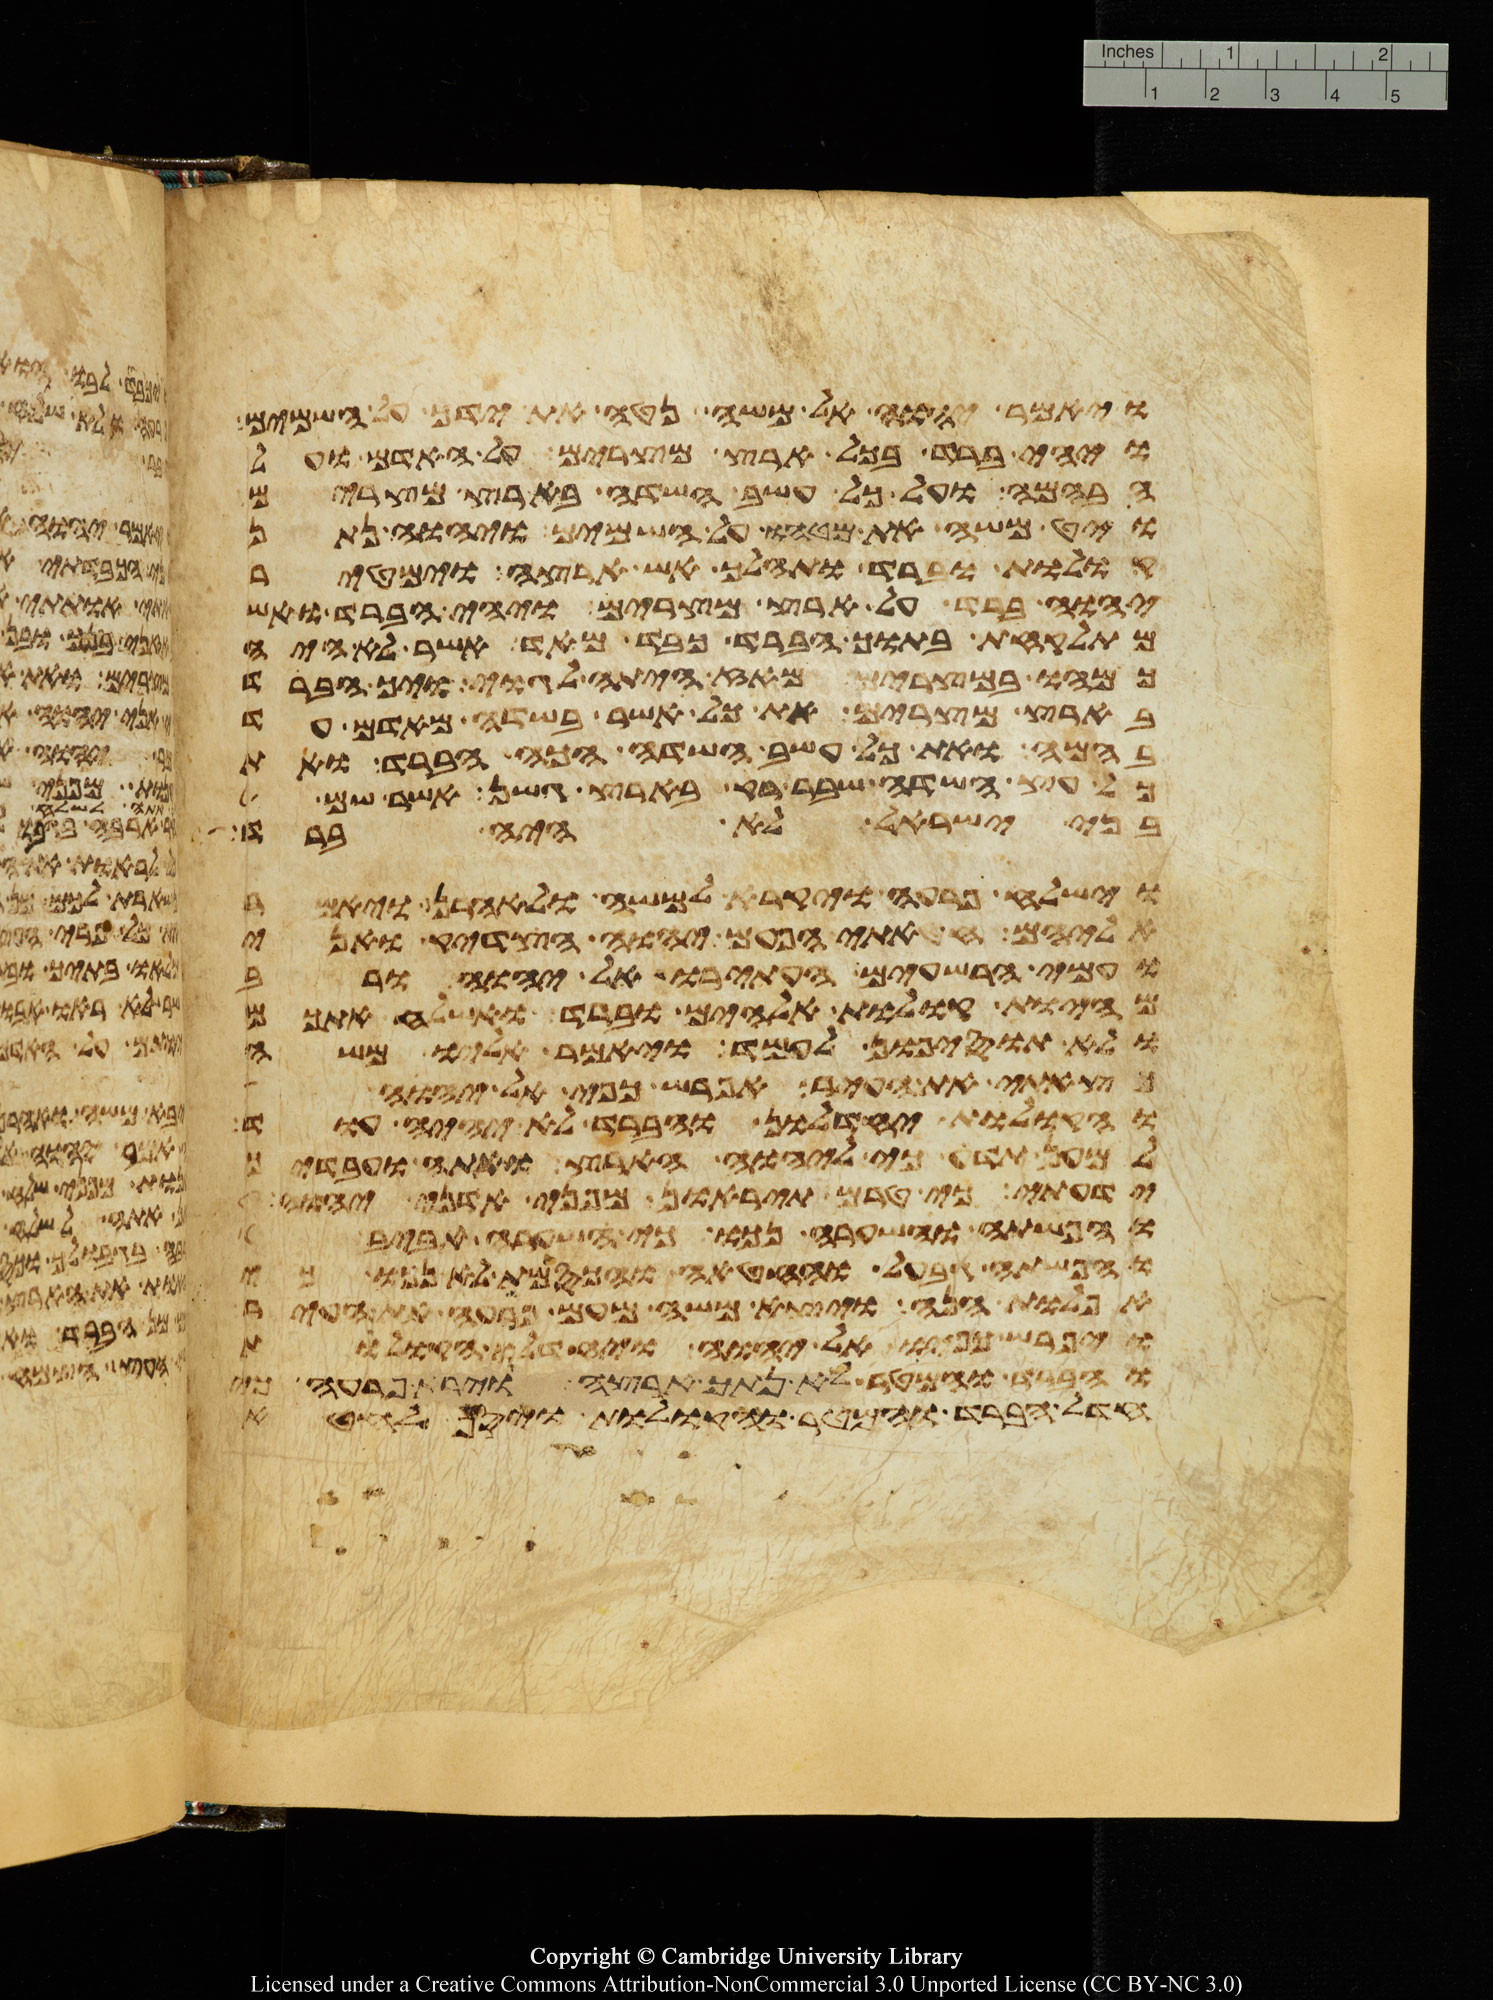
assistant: ויאמר יהוה אל משה נטה את ידך על השמים
ויהי ברד בכל ארץ מצרים על האדם ועל
הבהמה ועל כל עשב השדה בארץ מצרים
ויט משה את מטהו על השמים ויהוה נתן
קולות וברד ותהלך אש ארצה וימטיר
יהוה ברד על ארץ מצרים ויהי הברד ואש
מתלקחת בתוך הברד כבד מאד אשר לא היה
כמהו במצרים מאז היתה לגוי ויך הברד
בארץ מצרים את כל אשר בשדה מאדם עד
בהמה ואת כל עשב השדה הכה הברד ואת
כל עץ השדה שבר רק בארץ גשן אשר שם
בני ישראל לא היה ברד
וישלח פרעה ויקרא למשה ולאהרן ויאמר
אליהם חטאתי הפעם יהוה הצדיק ואני
ועמי הרשעים העתירו אל יהוה ורב
מהיות קולות אלהים וברד ואשלח אתכם
ולא תוסיפון לעמד ויאמר אליו משה
כצאתי את העיר אפרש כפי אל יהוה
והקולות יחדלון והברד לא יהיה עוד
למען תדע כי ליהוה הארץ ואתה ועבדיך
ידעתי כי טרם תיראון מפני אדני יהוה
והפשתה והשערה נכו כי השערה אביב
והפשתה גבעל והחטה והכסמת לא נכו כי
אפלות הנה ויצא משה מעם פרעה את העיר
ויפרש כפיו אל יהוה ויחדלו הקולות
והברד והמטר לא נתך ארצה וירא פרעה כי
חדל הברד והמטר והקולות ויסף לחטא